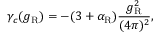
\gamma _ { c } ( g _ { \mathrm { R } } ) = - ( 3 + \alpha _ { \mathrm { R } } ) \frac { g _ { \mathrm { R } } ^ { 2 } } { ( 4 \pi ) ^ { 2 } } ,